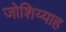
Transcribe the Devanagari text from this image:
जोशिय्याह